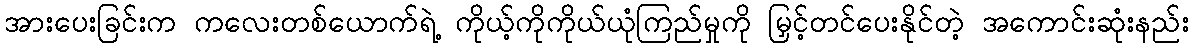
အားပေးခြင်းက ကလေးတစ်ယောက်ရဲ့ ကိုယ့်ကိုကိုယ်ယုံကြည်မှုကို မြှင့်တင်ပေးနိုင်တဲ့ အကောင်းဆုံးနည်း